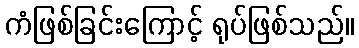
ကံဖြစ်ခြင်းကြောင့် ရုပ်ဖြစ်သည်။